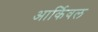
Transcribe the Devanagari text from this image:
आर्किवल